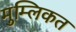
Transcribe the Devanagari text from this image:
मुम्लिकत